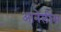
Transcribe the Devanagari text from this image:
आनेलीस